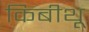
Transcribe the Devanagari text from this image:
किबीथू